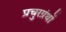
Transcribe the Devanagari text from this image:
प्रचुरग्रंथों